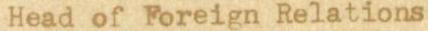
Head of Foreign Relations